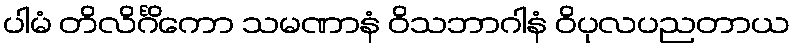
ပါမံ တိလိင်္ဂိကော သမဏာနံ ဝိသဘာဂါနံ ဝိပုလပညတာယ